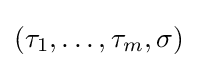
(\tau _{1},\dots ,\tau _{m},\sigma )